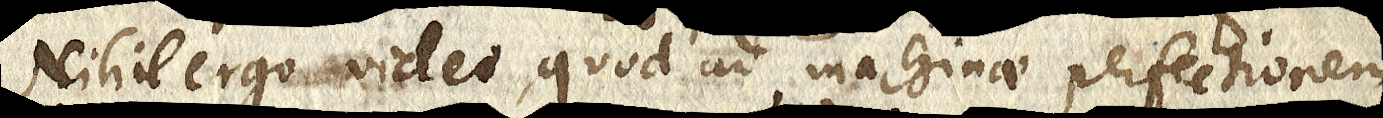
Nihil ergo video, quo ad machinae perfectionem